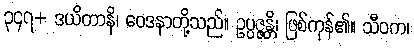
၃၄၇+ ဒယိတာနိ၊ ဝေဒနာတို့သည်။ ဥပ္ပဇ္ဇန္တိ၊ ဖြစ်ကုန်၏။ သီဝက၊